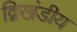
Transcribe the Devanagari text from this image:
द्विखंडीय